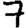
Digit: 7